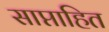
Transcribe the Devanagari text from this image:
साप्ताहित